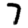
Digit: 7